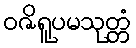
ဝဇိရူပမသုတ္တံ